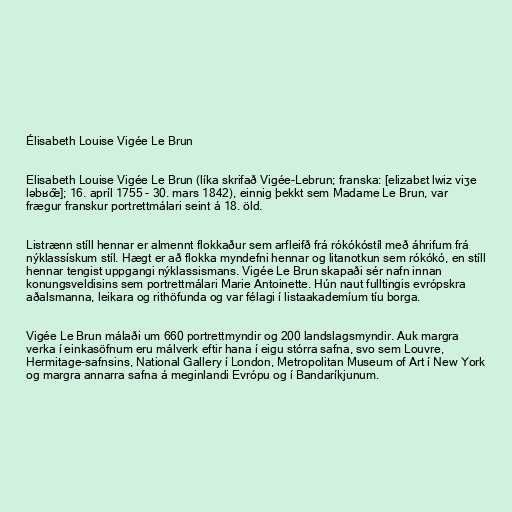
Élisabeth Louise Vigée Le Brun

Elisabeth Louise Vigée Le Brun (líka skrifað Vigée-Lebrun; franska: [elizabɛt lwiz viʒe
ləbʁœ̃]; 16. apríl 1755 - 30. mars 1842), einnig þekkt sem Madame Le Brun, var
frægur franskur portrettmálari seint á 18. öld.

Listrænn stíll hennar er almennt flokkaður sem arfleifð frá rókókóstíl með áhrifum frá
nýklassískum stíl. Hægt er að flokka myndefni hennar og litanotkun sem rókókó, en stíll
hennar tengist uppgangi nýklassismans. Vigée Le Brun skapaði sér nafn innan
konungsveldisins sem portrettmálari Marie Antoinette. Hún naut fulltingis evrópskra
aðalsmanna, leikara og rithöfunda og var félagi í listaakademíum tíu borga.

Vigée Le Brun málaði um 660 portrettmyndir og 200 landslagsmyndir. Auk margra
verka í einkasöfnum eru málverk eftir hana í eigu stórra safna, svo sem Louvre,
Hermitage-safnsins, National Gallery í London, Metropolitan Museum of Art í New York
og margra annarra safna á meginlandi Evrópu og í Bandaríkjunum.